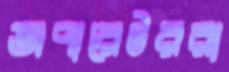
অপারেটররা